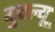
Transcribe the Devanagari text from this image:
युक्ल्यू